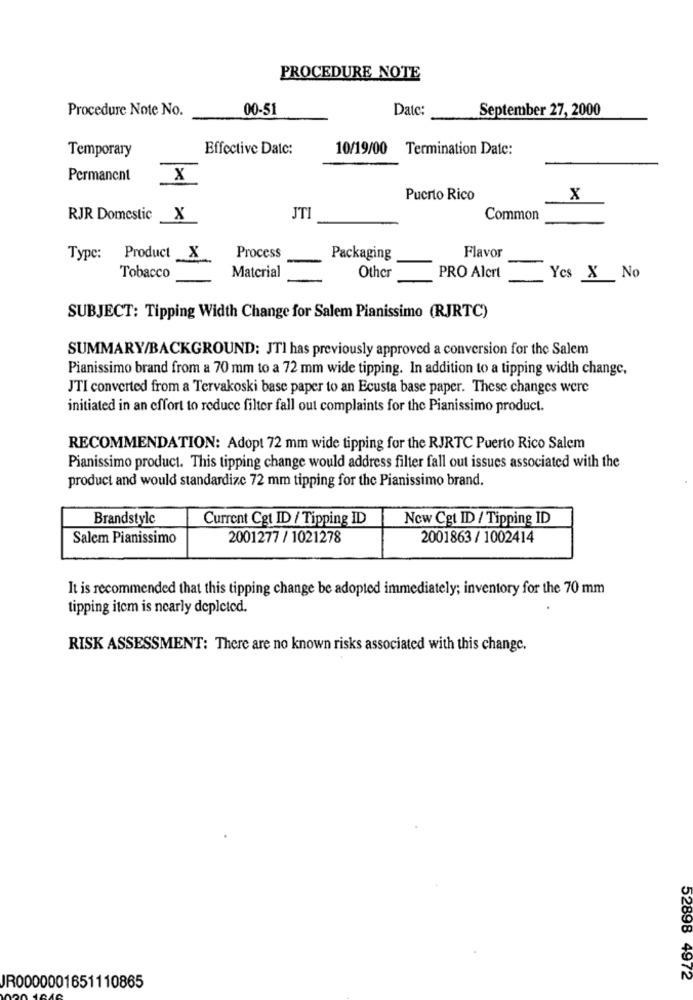
PROCEDURE NOTE
Procedure Note No.
00-51
Date:
September 27, 2000
Temporary
Effective Date:
10/19/00 Termination Date:
Permanent
X
Puerto Rico
X
RJR Domestic
x
JTI
Common
Type: Product X
Process
Packaging
Flavor
Material
Tobacco
Other
PRO Alert
Yes X No
SUBJECT: Tipping Width Change for Salem Pianissimo (RJRTC)
SUMMARY/BACKGROUND: JTI has previously approved a conversion for the Salem
Pianissimo brand from a 70 mm to a 72 mm wide tipping. In addition to a tipping width change,
JTI converted from a Tervakoski base paper to an Ecusta base paper. These changes were
initiated in an effort to reduce filter fall out complaints for the Pianissimo product.
RECOMMENDATION: Adopt 72 mm wide tipping for the RJRTC Puerto Rico Salem
Pianissimo product. This tipping change would address filter fall out issues associated with the
product and would standardize 72 mm tipping for the Pianissimo brand.
Brandstyle
Current Cgt ID / Tipping ID
New Cgt ID / Tipping ID
Salem Pianissimo
2001277 / 1021278
2001863 / 1002414
It is recommended that this tipping change be adopted immediately; inventory for the 70 mm
tipping item is nearly depleted.
RISK ASSESSMENT: There are no known risks associated with this change.
52898 4972
JR0000001651110865